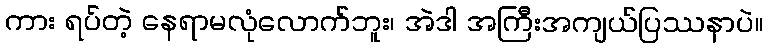
ကား ရပ်တဲ့ နေရာမလုံလောက်ဘူး၊ အဲဒါ အကြီးအကျယ်ပြဿနာပဲ။